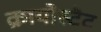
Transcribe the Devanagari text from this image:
क्रायोस्टैट